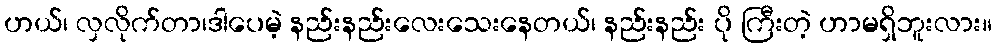
ဟယ်၊ လှလိုက်တာ၊ဒါပေမဲ့ နည်းနည်းလေးသေးနေတယ်၊ နည်းနည်း ပို ကြီးတဲ့ ဟာမရှိဘူးလား။